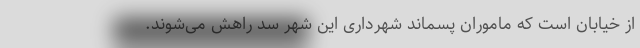
از خیابان است که ماموران پسماند شهرداری این شهر سد راهش می‌شوند.